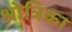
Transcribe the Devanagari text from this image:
श्रोत्रिका